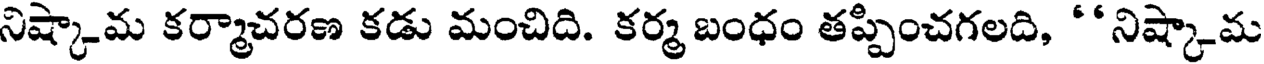
నిష్కామ కర్మాచరణ కడు మంచిది. కర్మ బంధం తప్పించగలది, "నిష్కామ